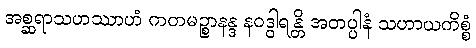
အစ္ဆရာသဟဿာဟံ ကတမဉ္စာနန္ဒ နဝဒွါရန္တိ အတပ္ပါနံ သဟာယကိစ္စံ